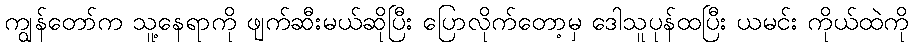
ကျွန်တော်က သူ့နေရာကို ဖျက်ဆီးမယ်ဆိုပြီး ပြောလိုက်တော့မှ ဒေါသူပုန်ထပြီး ယမင်း ကိုယ်ထဲကို